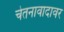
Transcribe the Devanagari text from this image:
चेतनावादावर